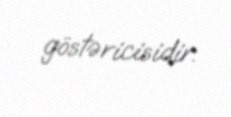
göstəricisidir.